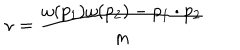
\nu = \frac { \omega ( p _ { 1 } ) \omega ( p _ { 2 } ) - p _ { 1 } \cdot p _ { 2 } } { m }